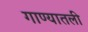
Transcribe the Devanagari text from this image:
गाण्यातली